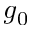
g _ { 0 }